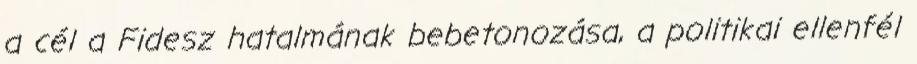
a cél a Fidesz hatalmának bebetonozása, a politikai ellenfél